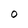
Character: O